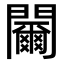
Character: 䦵